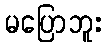
မပြောဘူး